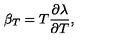
\beta _ { T } = T \frac { \partial \lambda } { \partial T } ,